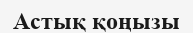
Астық қоңызы